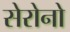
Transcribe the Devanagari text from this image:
सेरोनो